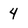
Character: 4